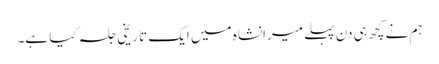
ہم نے کچھ ہی دن پہلے میرانشاہ میں ایک تاریخی جلسہ کیا ہے۔